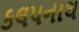
કલપનાથ